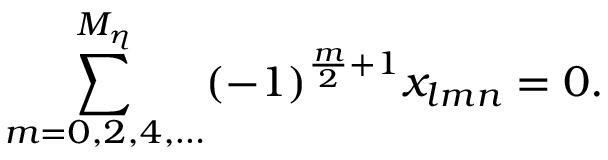
\sum _ { m = 0 , 2 , 4 , \ldots } ^ { M _ { \eta } } ( - 1 ) ^ { \frac { m } { 2 } + 1 } x _ { l m n } = 0 .